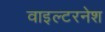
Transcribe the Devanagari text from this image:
वाइल्टरनेश